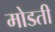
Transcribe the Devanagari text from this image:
मोडती